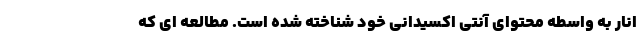
انار به واسطه محتوای آنتی اکسیدانی خود شناخته شده است. مطالعه ای که